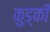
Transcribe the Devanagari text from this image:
कुड्की